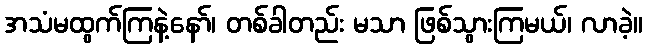
အသံမထွက်ကြနဲ့နော်၊ တစ်ခါတည်း မသာ ဖြစ်သွားကြမယ်၊ လာခဲ့။